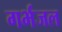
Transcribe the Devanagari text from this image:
गर्भजल